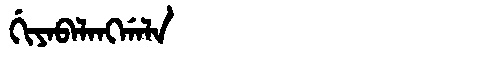
Manchu: ᡤᡳᠶᠠᠪᠠᠯᠠᠩᡤᠠᠯᠠ
Romanization: GIYABALANGGALA